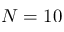
N = 1 0